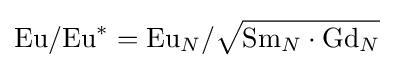
{\text{Eu}}/{\text{Eu}}^{*}={\text{Eu}}_{N}/{\sqrt {{\text{Sm}}_{N}\cdot {\text{Gd}}_{N}}}